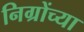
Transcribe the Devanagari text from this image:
निग्रोंच्या